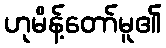
ဟုမိန့်တော်မူ၏